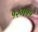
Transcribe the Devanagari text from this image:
१२ग११